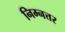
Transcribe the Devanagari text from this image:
निम्नत्तर